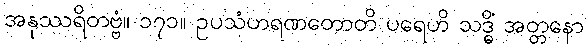
အနုဿရိတဗ္ဗံ။ ၁၇၁။ ဥပသံဟရဏတောတိ ပရေဟိ သဒ္ဓိံ အတ္တနော